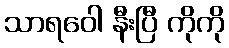
သာရဝေါ နီးပြီ ကိုကို